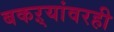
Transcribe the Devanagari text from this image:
बकऱ्यांवरही